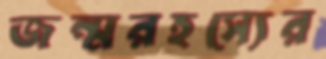
জন্মরহস্যের